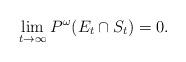
LaTeX: \begin{align*} \underset{t\to\infty}{\lim}\: P^\omega(E_t\cap S_t) = 0 .\end{align*}